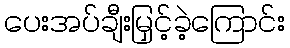
ပေးအပ်ချီးမြှင့်ခဲ့ကြောင်း